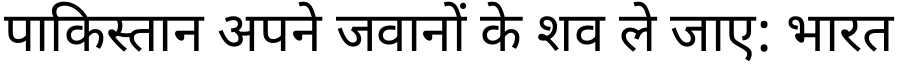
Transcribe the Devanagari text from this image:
पाकिस्तान अपने जवानों के शव ले जाए: भारत